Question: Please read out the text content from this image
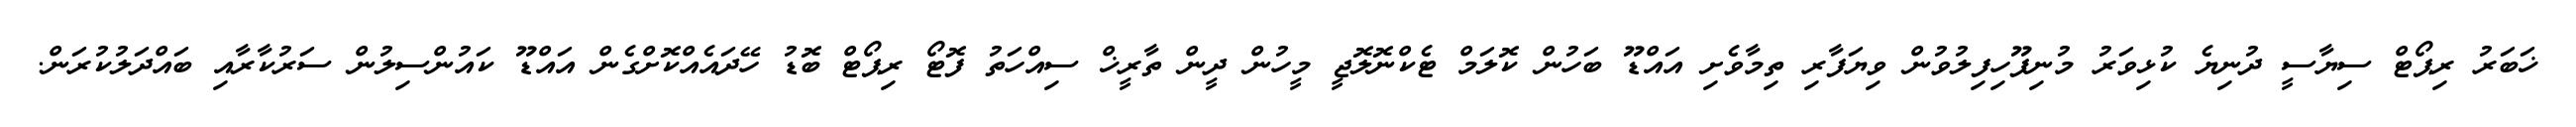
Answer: ޚަބަރު ރިޕޯޓް ސިޔާސީ ދުނިޔެ ކުޅިވަރު މުނިފޫހިފިލުވުން ވިޔަފާރި ތިމާވެށި އައްޑޫ ބަހުން ކޮލަމް ޓެކްނޮލޮޖީ މީހުން ދީން ތާރީޚް ސިއްހަތު ފޮޓޯ ރިޕޯޓް ބޮޑު ހޭދައެއްކޮށްގެން އައްޑޫ ކައުންސިލުން ސަރުކާރާއި ބައްދަލުކުރަން.